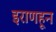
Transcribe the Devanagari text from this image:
इराणहून